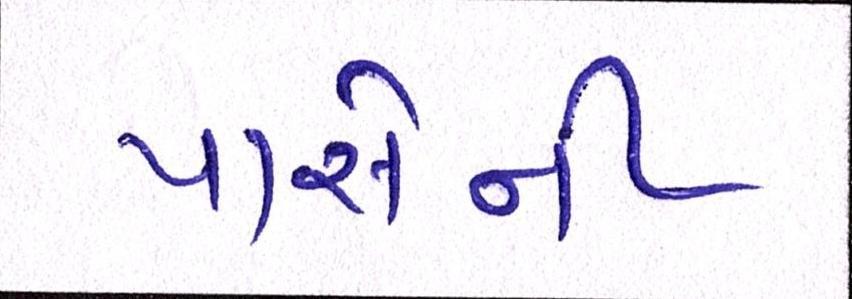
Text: પાસેની